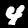
Label: 4